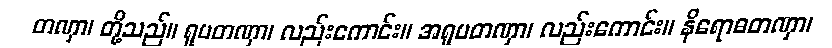
တဏှာ၊ တို့သည်။ ရူပတဏှာ၊ လည်းကောင်း။ အရူပတဏှာ၊ လည်းကောင်း။ နိရောဓတဏှာ၊